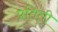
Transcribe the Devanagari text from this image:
प्रतिती